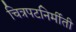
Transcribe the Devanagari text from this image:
चित्रपटनिर्मीती